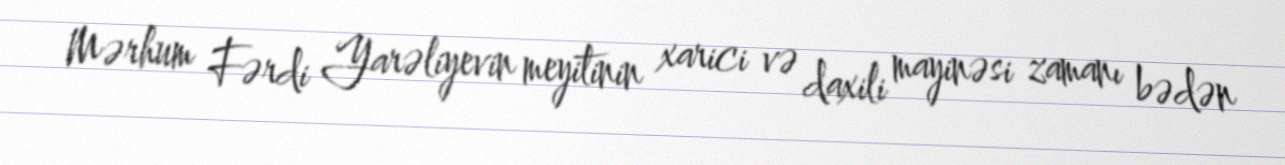
Mərhum Fərdi Yarəliyevin meyitinin xarici və daxili mayinəsi zamanı bədən